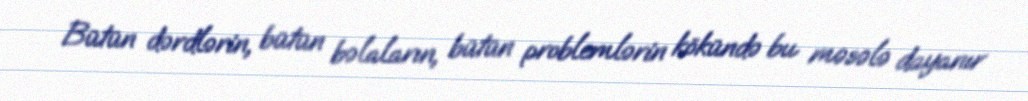
Bütün dərdlərin, bütün bəlaların, bütün problemlərin kökündə bu məsələ dayanır